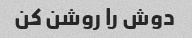
دوش را روشن کن